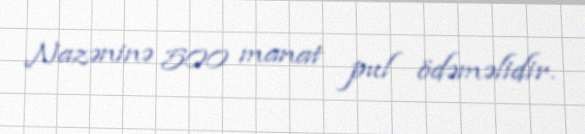
Nazəninə 500 manat pul ödəməlidir.